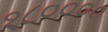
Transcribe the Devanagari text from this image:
१८००००